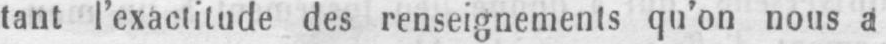
tant l’exactitude des renseignements qu’on nous a